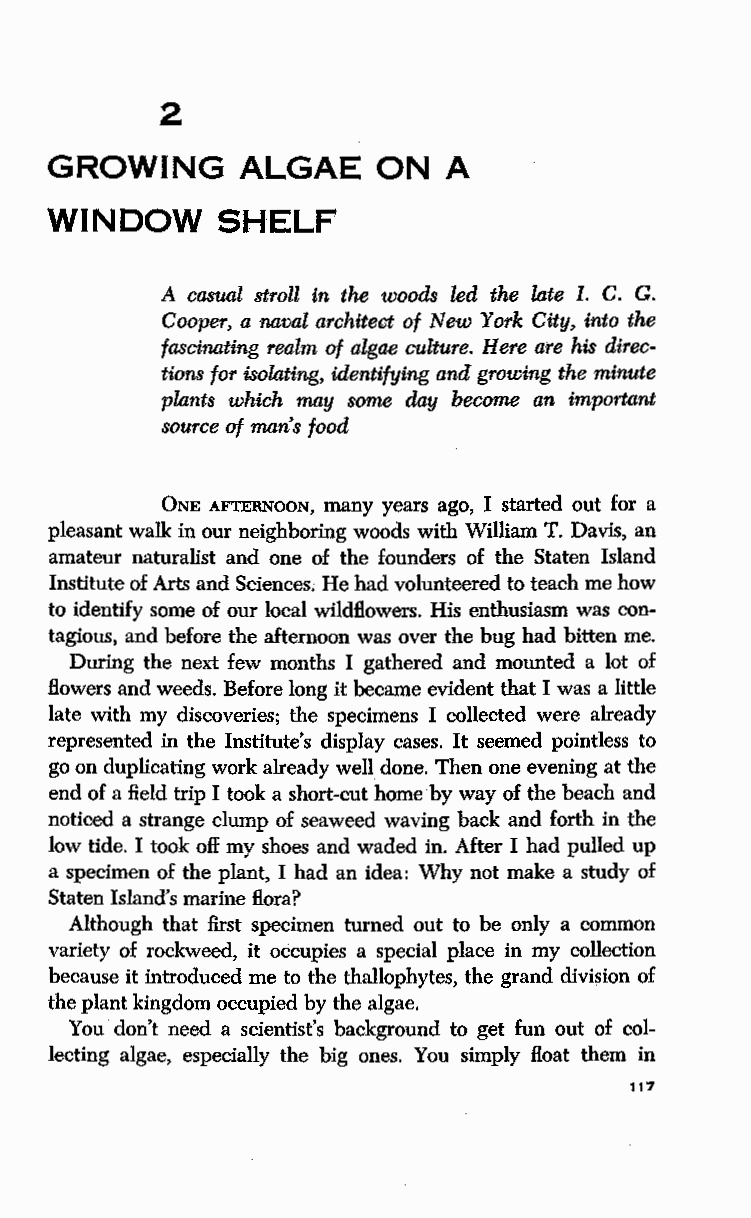
2
 GROWING      ALGAE    ON   A
 WINDOW     SHELF
 A casual stroll in the woods led the late I. C. G.
 Cooper, a naval architect of New York City, into the
 fascinating realm of algae culture. Here are his direc
 tions for isolating, identifying and growing the minute
 plants which may some day become an important
 source of man's food
 ONE AFTERNOON. many years ago, I started out for a
 pleasant walk in our neighboring woods with William T. Davis, an
 amateur naturalist and one of the founders of the Staten Island
 Institute of Arts and Sciences; He had volunteered to teach me how
 to identify some of our local wildflowers. His enthusiasm was con
 tagious, and before the afternoon was over the bug had bitten me.
 During the next few months I gathered and mounted a lot of
 flowers and weeds. Before long it became evident that I was a little
 late with my discoveries; the specimens I collected were already
 represented in the Institute's display cases. It seemed pointless to
 go on duplicating work already well done. Then one evening at the
 end of a field trip I took a short-cut home by way of the beach and
 noticed a strange clump of seaweed waving back and forth in the
 low tide. I took off my shoes and waded in. After I had pulled up
 a specimen of the plant, I had an idea: Why not make a study of
 Staten Island's marine flora?
 Although that first specimen turned out to be only a common
 variety of rockweed, it occupies a special place in my collection
 because it introduced me to the thallophytes, the grand divi$ion of
 the plant kingdom occupied by the algae.
 You don't need a scientist's background to get fun out of col
 lecting algae, especially the big ones. You simply float them in
 117